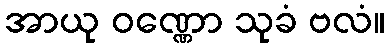
အာယု ဝဏ္ဏော သုခံ ဗလံ။